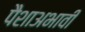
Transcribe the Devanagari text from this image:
पैशाअभावी